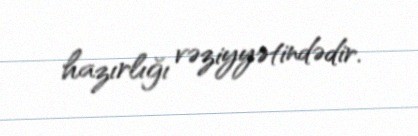
hazırlığı vəziyyətindədir.